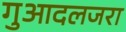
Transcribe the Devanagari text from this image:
गुआदलजरा